Report of the Municipal Commissioner on the plague in Bombay for the year ending 31st May... - Volume 3
Disease focus: Plague
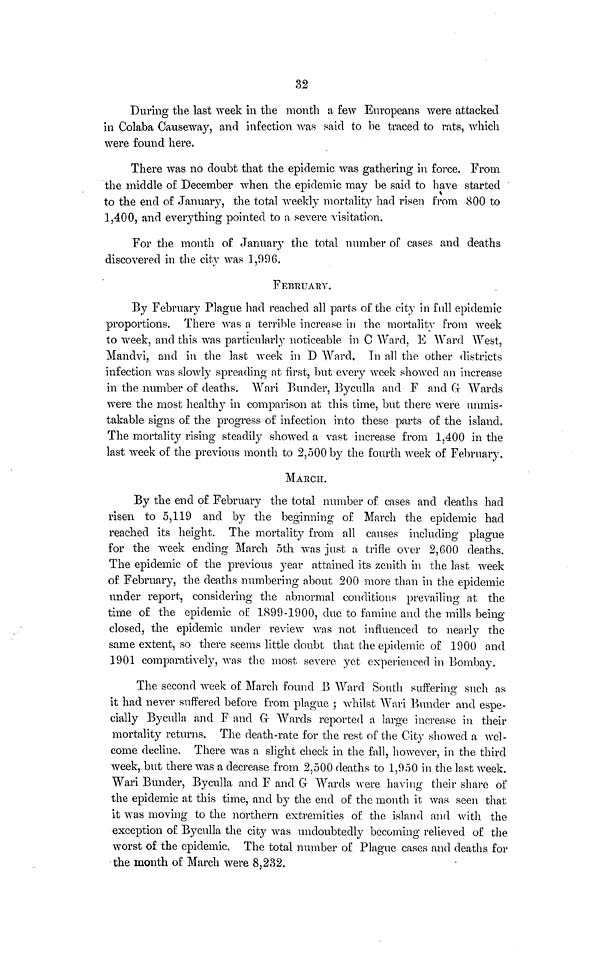
32
During the last week in the month a few Europeans were attacked
in Colaba Causeway, and infection was said to be traced to rats, which
were found here.
There was no doubt that the epidemic was gathering in force. From
the middle of December when the epidemic may be said to have started
to the end of January, the total weekly mortality had risen from 800 to
1,400, and everything pointed to a severe visitation.
For the month of January the total number of cases and deaths
discovered in the city was 1,996.
FEBRUARY.
By February Plague had reached all parts of the city in full epidemic
proportions. There was a terrible increase in the mortality from week
to week, and this was particularly noticeable, in C Ward, E Ward West,
Mandvi, and in the last week in D Ward. In all the other districts
infection was slowly spreading at first, but every week showed an increase
in the number of deaths. Wari Bunder, Byculla and F and G Wards
were the most healthy in comparison at this time, but there were unmis-
takable signs of the progress of infection into these parts of the island.
The mortality rising steadily showed a vast increase from 1,400 in the
last week of the previous month to 2,500 by the fourth week of February.
MARCH.
By the end of February the total number of cases and deaths had
risen to 5,119 and by the beginning of March the epidemic had
reached its height. The mortality from all causes including plague
for the week ending March 5th was just a trifle over 2,600 deaths.
The epidemic of the previous year attained its zenith in the last week
of February, the deaths numbering about 200 more than in the epidemic
under report, considering the abnormal conditions prevailing at the
time of the epidemic of 1899-1900, due to famine and the mills being
closed, the epidemic under review was not influenced to nearly the
same extent, so there seems little doubt that the epidemic of 1900 and
1901 comparatively, was the most severe yet experienced in Bombay.
The second week of March found B Ward South suffering such as
it had never suffered before from plague ; whilst Wari Bunder and espe-
cially Byculla and F and G Wards reported a large increase in their
mortality returns. The death-rate for the rest of the City showed a wel-
come decline. There was a slight check in the fall, however, in the third
week, but there was a decrease from 2,500 deaths to 1,950 in the last week.
Wari Bunder, Byculla and F and G Wards were having their share of
the epidemic at this time, and by the end of the month it was seen that
it was moving to the northern extremities of the island and with the
exception of Byculla the city was undoubtedly becoming relieved of the
worst of the epidemic. The total number of Plague cases and deaths for
the month of March were 8,232.